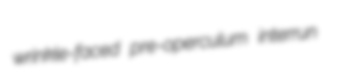
wrinkle-faced pre-operculum interrun